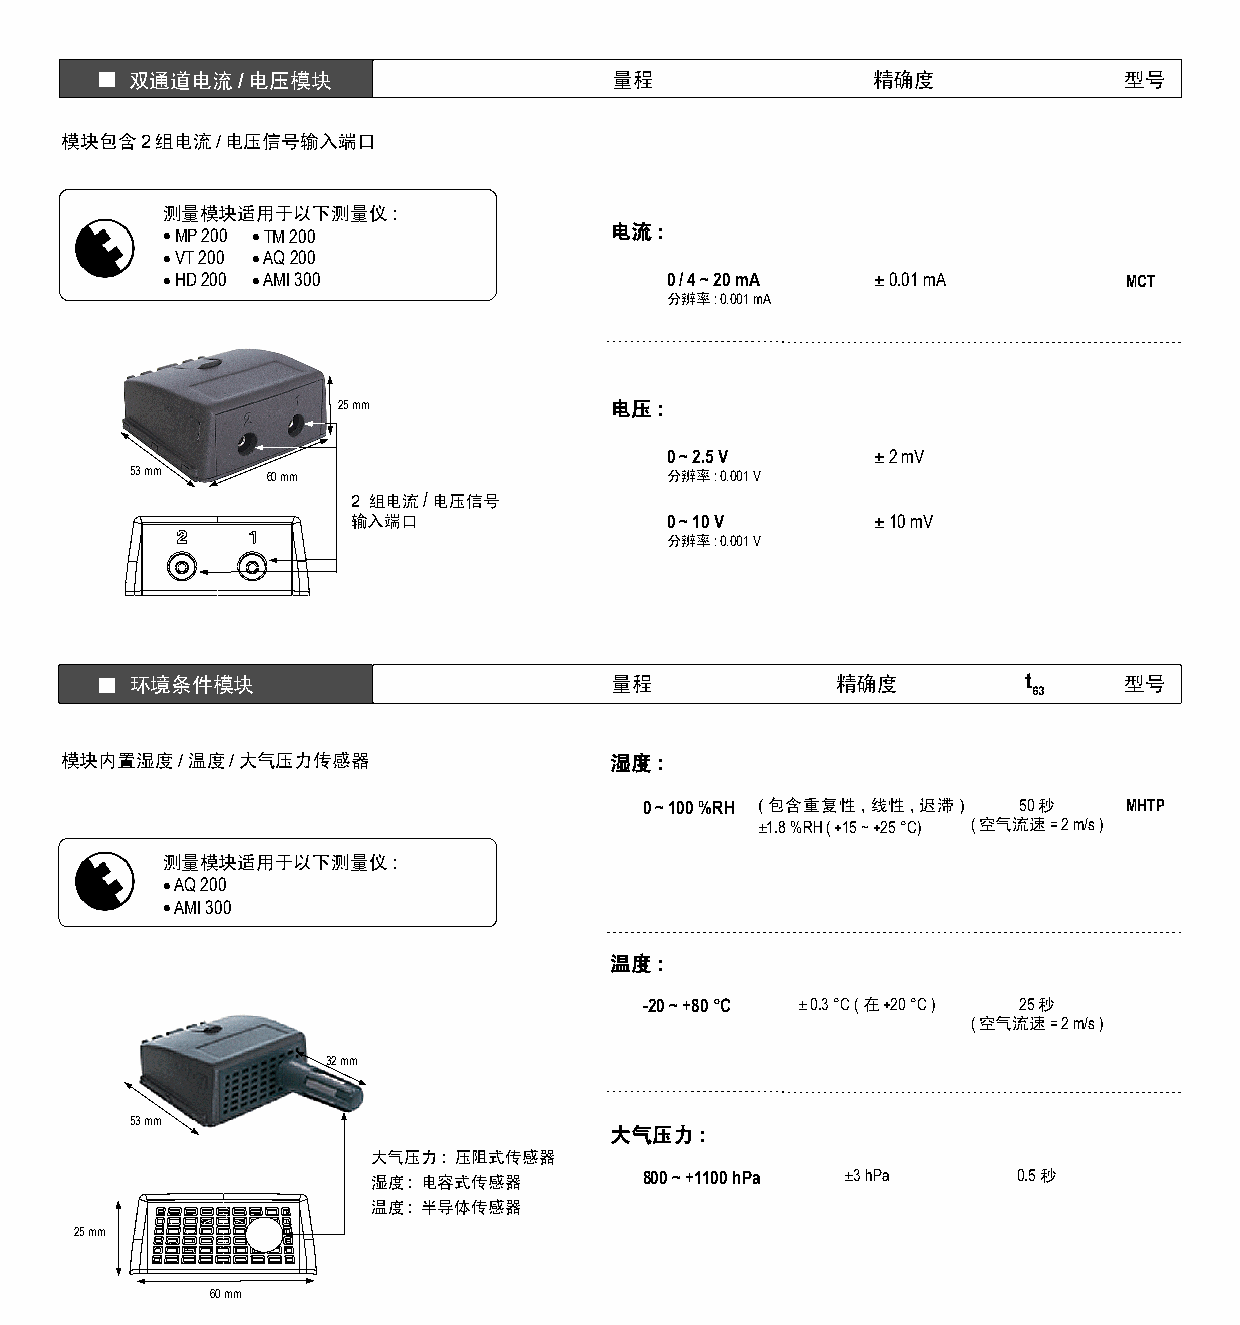
双通道电流/电压模块                      量程               精确度             型号
 模块包含2组电流/电压信号输入端口
 测量模块适用于以下测量仪:
 • MP 200 • TM 200            电流:
 • VT 200 • AQ 200
 • HD 200 • AMI 300               0 / 4 ~ 20 mA ± 0.01 mA        MCT
 分辨率: 0.001 mA
 25 mm             电压:
 0 ~ 2.5 V     ± 2 mV
 53 mm    60 mm                     分辨率: 0.001 V
 2 组电流/电压信号
 输入端口                 0 ~ 10 V      ± 10 mV
 分辨率: 0.001 V
 环境条件模块                         量程             精确度          t     型号
 63
 模块内置湿度/温度/大气压力传感器                   湿度:
 0 ~ 100 %RH (包含重复性,线性,迟滞) 50秒   MHTP
 ±1.8 %RH ( +15 ~ +25 °C) (空气流速= 2 m/s )
 测量模块适用于以下测量仪:
 • AQ 200
 • AMI 300
 温度:
 -20 ~ +80 °C ± 0.3 °C (在+20 °C ) 25秒
 (空气流速= 2 m/s )
 32 mm
 53 mm
 大气压力:
 大气压力: 压阻式传感器
 湿度: 电容式传感器        800 ~ +1100 hPa ±3 hPa  0.5秒
 温度: 半导体传感器
 25 mm
 60 mm
 www.kimo-china.com
 法国凯茂仪器公司中国总部
 电话: (021) 6876 8938 传真: (021) 5028 2397 KIMO®为法国凯茂仪器公司的注册商标
 电邮: info@kimo-china.com     CHD-Modules-11/2011